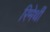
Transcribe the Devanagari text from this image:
रिमेर्थी